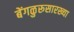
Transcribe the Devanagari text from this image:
बेंगळुरूसारख्या